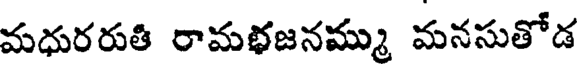
మధురరుతి రామభజనమ్ము మనసుతోడ